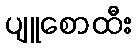
ပျူစောထီး